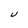
Character: U